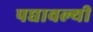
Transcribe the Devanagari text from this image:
पद्यावल्यी